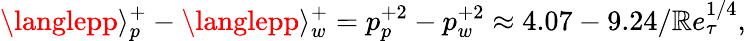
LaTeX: \langlepp\rangle_{p}^{+}-\langlepp\rangle_{w}^{+}=p_{p}^{+2}-p_{w}^{+2}\approx4.07-9.24/\mathbb{R}e_{\tau}^{1/4},